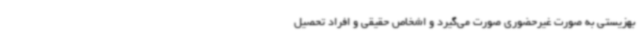
بهزیستی به صورت غیرحضوری صورت می‌گیرد و اشخاص حقیقی و افراد تحصیل